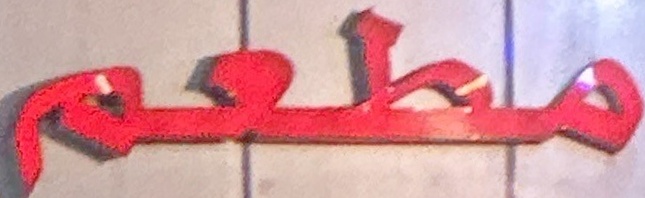
مطعم